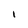
Character: l